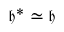
{ \mathfrak { h } } ^ { * } \simeq { \mathfrak { h } }